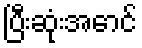
ပြီးဆုံးအောင်